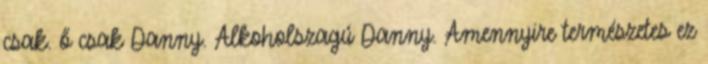
csak. ő csak Danny. Alkoholszagú Danny. Amennyire természetes ez